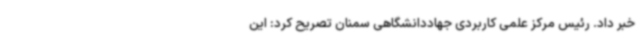
خبر داد. رئیس مرکز علمی کاربردی جهاددانشگاهی سمنان تصریح کرد: این